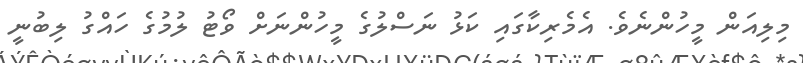
މިލިއަން މީހުންނެވެ. އެމެރިކާގައި ކަޅު ނަސްލުގެ މީހުންނަށް ވޯޓު ލުމުގެ ހައްގު ލިބުނީ